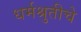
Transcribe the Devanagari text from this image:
धर्मश्रुतीचे